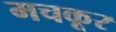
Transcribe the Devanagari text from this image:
मचकूर